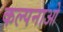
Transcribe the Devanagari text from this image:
कल्पनाओ